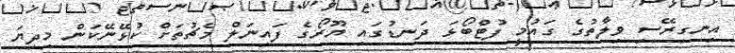
އިނގިރޭސި ވިލާތުގެ ގައުމީ ފުޓްބޯޅަ ދަނޑުގައި ޔޫރޯގެ ފައިނަލް މެޗުތަށް ކުޅޭނޭކަން މިދިޔަ